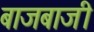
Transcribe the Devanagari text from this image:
बाजबाजी